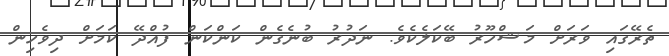
ތެރޭގައި ވަރަށް މަޝްހޫރު ބޭކަލެކެވެ. ނަދުރު ބުނެގެން ކަންކަން ފުއްދޭ ކަމަށް ދިވެހިން